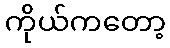
ကိုယ်ကတော့